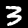
Digit: 3